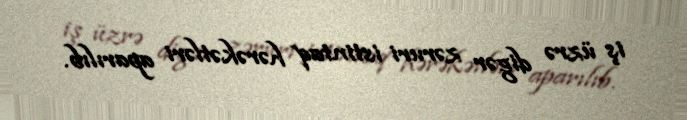
iş üzrə digər zəruri istintaq hərəkətləri aparılıb.